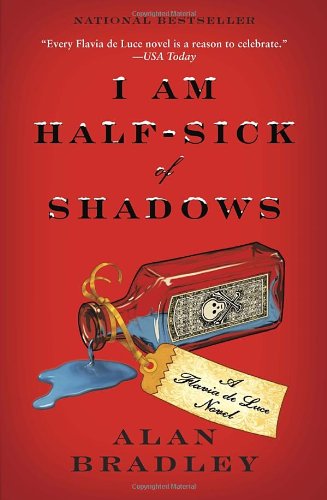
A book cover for I Am Half-Sick of Shadows (Flavia de Luce Mystery, Book 4); Alan Bradley; Mystery, Thriller & Suspense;